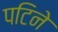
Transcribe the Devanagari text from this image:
पटिने